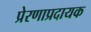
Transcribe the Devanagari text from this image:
प्रेरणाप्रदायक